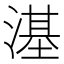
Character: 𣻺